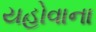
યહોવાના